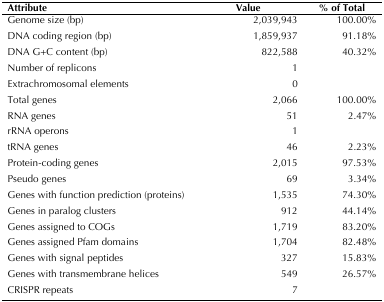
<table><thead><tr><td><b>Attribute</b></td><td><b>Value</b></td><td><b>% of Total</b></td></tr></thead><tbody><tr><td>Genome size (bp)</td><td>2,039,943</td><td>100.00%</td></tr><tr><td>DNA coding region (bp)</td><td>1,859,937</td><td>91.18%</td></tr><tr><td>DNA G+C content (bp)</td><td>822,588</td><td>40.32%</td></tr><tr><td>Number of replicons</td><td>1</td><td></td></tr><tr><td>Extrachromosomal elements</td><td>0</td><td></td></tr><tr><td>Total genes</td><td>2,066</td><td>100.00%</td></tr><tr><td>RNA genes</td><td>51</td><td>2.47%</td></tr><tr><td>rRNA operons</td><td>1</td><td></td></tr><tr><td>tRNA genes</td><td>46</td><td>2.23%</td></tr><tr><td>Protein-coding genes</td><td>2,015</td><td>97.53%</td></tr><tr><td>Pseudo genes</td><td>69</td><td>3.34%</td></tr><tr><td>Genes with function prediction (proteins)</td><td>1,535</td><td>74.30%</td></tr><tr><td>Genes in paralog clusters</td><td>912</td><td>44.14%</td></tr><tr><td>Genes assigned to COGs</td><td>1,719</td><td>83.20%</td></tr><tr><td>Genes assigned Pfam domains</td><td>1,704</td><td>82.48%</td></tr><tr><td>Genes with signal peptides</td><td>327</td><td>15.83%</td></tr><tr><td>Genes with transmembrane helices</td><td>549</td><td>26.57%</td></tr><tr><td>CRISPR repeats</td><td>7</td><td></td></tr></tbody></table>